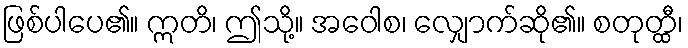
ဖြစ်ပါပေ၏။ ဣတိ၊ ဤသို့။ အဝေါစ၊ လျှောက်ဆို၏။ စတုတ္ထီ၊